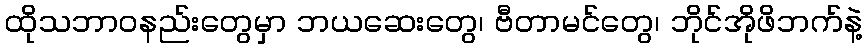
ထိုသဘာဝနည်းတွေမှာ ဘယဆေးတွေ၊ ဗီတာမင်တွေ၊ ဘိုင်အိုဖိဘက်နဲ့